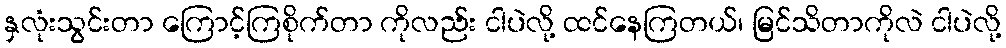
နှလုံးသွင်းတာ ကြောင့်ကြစိုက်တာ ကိုလည်း ငါပဲလို့ ထင်နေကြတယ်၊ မြင်သိတာကိုလဲ ငါပဲလို့